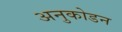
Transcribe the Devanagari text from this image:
अनुकोडन